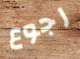
رجوع